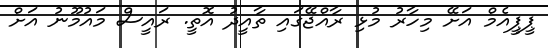
ޕީޕީއެމް އަށޭ މިހާރު މުޅި ރާއްޖޭގައި ތާއީދު އޮތީ. ރައީސް މައުމޫނު އަށް